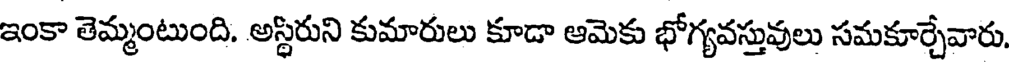
ఇంకా తెమ్మంటుంది. అస్థిరుని కుమారులు కూడా ఆమెకు భోగ్యవస్తువులు సమకూర్చేవారు,